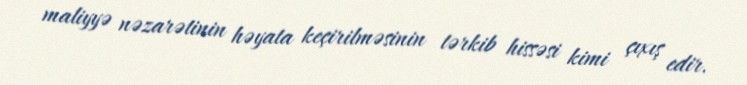
maliyyə nəzarətinin həyata keçirilməsinin tərkib hissəsi kimi çıxış edir.